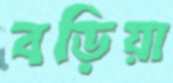
বড়িয়া